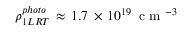
\rho _ { 1 L R T } ^ { p h o t o } \, \approx \, 1 . 7 \, \times \, 1 0 ^ { 1 9 } \, \mathrm { ~ c ~ m ~ } ^ { - 3 }